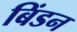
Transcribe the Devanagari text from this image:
बिंडन